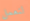
لنعمل